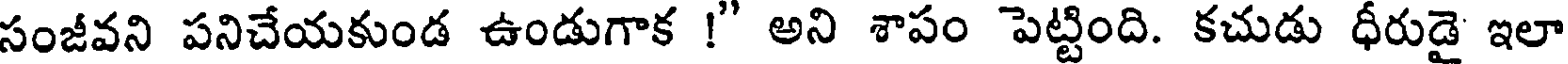
సంజీవని పనిచేయకుండ ఉండుగాక !" అని శాపం పెట్టింది. కచుడు ధీరుడై ఇలా